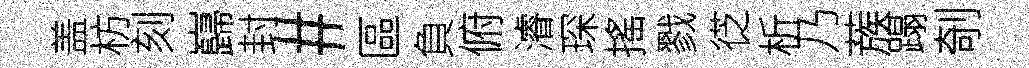
盖枋刻巋封#區負俯濬琛搖戮徔析乃蔟蹋剞